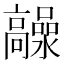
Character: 𲌙